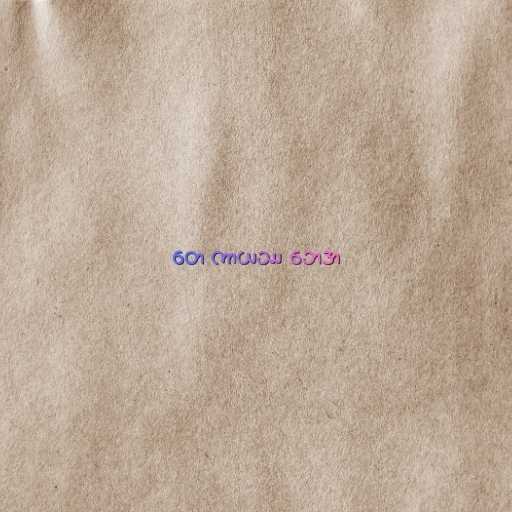
တေ ကာယဿ ဘေဒာ